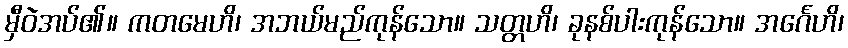
မှီဝဲအပ်၏။ ကတမေဟိ၊ အဘယ်မည်ကုန်သော။ သတ္တဟိ၊ ခုနစ်ပါးကုန်သော။ အင်္ဂေဟိ၊